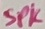
Text: SPK